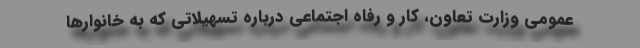
عمومی وزارت تعاون، کار و رفاه اجتماعی درباره تسهیلاتی که به خانوارها